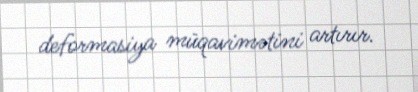
deformasiya müqavimətini artırır.